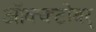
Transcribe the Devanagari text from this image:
ऑक्क्टोबर्